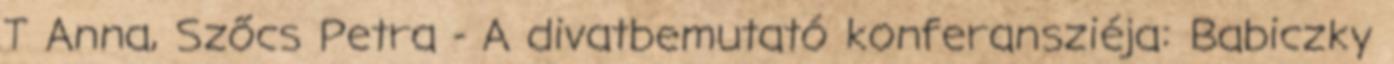
T Anna, Szőcs Petra - A divatbemutató konferansziéja: Babiczky